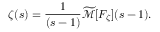
\zeta ( s ) = { \frac { 1 } { ( s - 1 ) } } { \widetilde { \mathcal { M } } } [ F _ { \zeta } ] ( s - 1 ) .